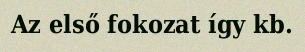
Az első fokozat így kb.